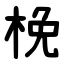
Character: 梚